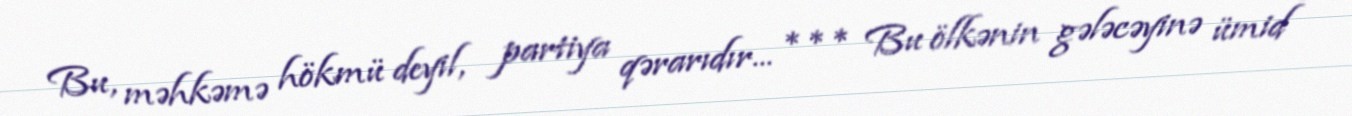
Bu, məhkəmə hökmü deyil, partiya qərarıdır... *** Bu ölkənin gələcəyinə ümid